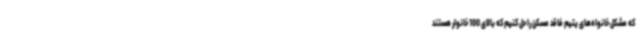
که مشکل خانواه‌های یتیم فاقد مسکن را حل کنیم که بالای 100 خانوار هستند